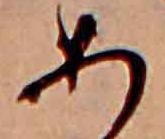
あ